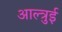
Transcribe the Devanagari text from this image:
आल्त्रुई